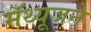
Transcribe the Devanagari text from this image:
मॅथ्यूजने